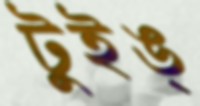
টুইঙ্